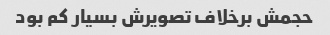
حجمش برخلاف تصویرش بسیار کم بود